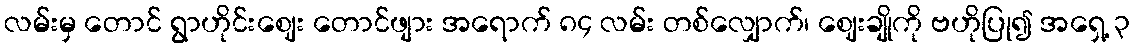
လမ်းမှ တောင် ရွာဟိုင်းဈေး တောင်ဖျား အရောက် ၈၄ လမ်း တစ်လျှောက်၊ ဈေးချိုကို ဗဟိုပြု၍ အရှေ့ ၃